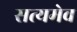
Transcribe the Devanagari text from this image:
सत्‍यमेव